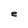
Character: e